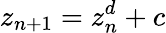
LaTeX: z_{n+1}=z_{n}^{d}+c